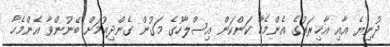
ދުނިޔެ އާއި އާޚިރަތުގެ އެންމެހާ ކަންކަން އިސްލާހުގެ މަގުން ގެންދިއުމަށް ބޭނުންވާ އެންމެހާ